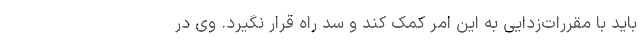
باید با مقررات‌زدایی به این امر کمک کند و سد راه قرار نگیرد. وی در